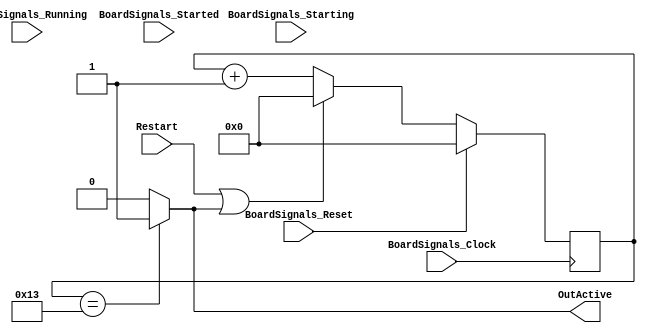
`timescale 1ns/1ps
`default_nettype none
// PLEASE READ THIS, IT MAY SAVE YOU SOME TIME AND MONEY, THANK YOU!
// * This file was generated by Quokka FPGA Toolkit.
// * Generated code is your property, do whatever you want with it
// * Place custom code between [BEGIN USER ***] and [END USER ***].
// * CAUTION: All code outside of [USER] scope is subject to regeneration.
// * Bad things happen sometimes in developer's life,
//   it is recommended to use source control management software (e.g. git, bzr etc) to keep your custom code safe'n'sound.
// * Internal structure of code is subject to change.
//   You can use some of signals in custom code, but most likely they will not exist in future (e.g. will get shorter or gone completely)
// * Please send your feedback, comments, improvement ideas etc. to evmuryshkin@gmail.com
// * Visit https://github.com/EvgenyMuryshkin/QuokkaEvaluation to access latest version of playground
//
// DISCLAIMER:
//   Code comes AS-IS, it is your responsibility to make sure it is working as expected
//   no responsibility will be taken for any loss or damage caused by use of Quokka toolkit.
//
// System configuration name is BoardTimerModule_TopLevel_timerModule20, clock frequency is 1Hz, Embedded
// FSM summary
// -- Packages
module BoardTimerModule_TopLevel_timerModule20
(
	// [BEGIN USER PORTS]
	// [END USER PORTS]
	input wire BoardSignals_Clock,
	input wire BoardSignals_Reset,
	input wire BoardSignals_Running,
	input wire BoardSignals_Starting,
	input wire BoardSignals_Started,
	input wire Restart,
	output wire OutActive
);
	// [BEGIN USER SIGNALS]
	// [END USER SIGNALS]
	localparam HiSignal = 1'b1;
	localparam LoSignal = 1'b0;
	wire Zero = 1'b0;
	wire One = 1'b1;
	wire true = 1'b1;
	wire false = 1'b0;
	wire [2: 0] CapacityBits = 3'b101;
	wire [7: 0] countTo = 8'b00010011;
	wire TimerModule_L51F9L53T10_TimerModule_L52F79T80_Expr = 1'b0;
	wire TimerModule_L51F9L53T10_TimerModule_L52F100T101_Expr = 1'b1;
	wire Inputs_Restart;
	reg [4: 0] NextState_counter;
	wire active;
	wire [4: 0] TimerModule_L51F9L53T10_TimerModule_L52F34T101_WhenTrue;
	wire [4: 0] TimerModule_L51F9L53T10_TimerModule_L52F34T101_WhenFalse;
	wire [4: 0] TimerModule_L51F9L53T10_TimerModule_L52F34T101_Ternary;
	wire [4: 0] TimerModule_L51F9L53T10_TimerModule_L52F33T124_Resize;
	wire [4: 0] TimerModule_L51F9L53T10_TimerModule_L52F33T135_SignChange;
	reg [4: 0] State_counter = 5'b00000;
	wire [4: 0] State_counterDefault = 5'b00000;
	wire TimerModule_L51F9L53T10_TimerModule_L52F35T59_Expr;
	wire TimerModule_L51F9L53T10_TimerModule_L52F35T59_Expr_1;
	wire TimerModule_L51F9L53T10_TimerModule_L52F35T59_Expr_2;
	wire [6: 0] TimerModule_L51F9L53T10_TimerModule_L52F84T101_Expr;
	wire signed [6: 0] TimerModule_L51F9L53T10_TimerModule_L52F84T101_Expr_1;
	wire signed [6: 0] TimerModule_L51F9L53T10_TimerModule_L52F84T101_Expr_2;
	wire TimerModule_L47F24T48_Expr;
	wire signed [8: 0] TimerModule_L47F24T48_ExprLhs;
	wire signed [8: 0] TimerModule_L47F24T48_ExprRhs;
	always @ (posedge BoardSignals_Clock)
	begin
		if ((BoardSignals_Reset == 1))
		begin
			State_counter <= State_counterDefault;
		end
		else
		begin
			State_counter <= NextState_counter;
		end
	end
	assign TimerModule_L47F24T48_Expr = TimerModule_L47F24T48_ExprLhs == TimerModule_L47F24T48_ExprRhs ? 1'b1 : 1'b0;
	assign TimerModule_L51F9L53T10_TimerModule_L52F35T59_Expr = TimerModule_L51F9L53T10_TimerModule_L52F35T59_Expr_1 | TimerModule_L51F9L53T10_TimerModule_L52F35T59_Expr_2;
	assign TimerModule_L51F9L53T10_TimerModule_L52F84T101_Expr = TimerModule_L51F9L53T10_TimerModule_L52F84T101_Expr_1 + TimerModule_L51F9L53T10_TimerModule_L52F84T101_Expr_2;
	assign TimerModule_L51F9L53T10_TimerModule_L52F34T101_Ternary = (TimerModule_L51F9L53T10_TimerModule_L52F35T59_Expr ? TimerModule_L51F9L53T10_TimerModule_L52F34T101_WhenTrue : TimerModule_L51F9L53T10_TimerModule_L52F34T101_WhenFalse);
	always @ (*)
	begin
		NextState_counter = State_counter;
		NextState_counter = TimerModule_L51F9L53T10_TimerModule_L52F33T135_SignChange;
	end
	assign TimerModule_L47F24T48_ExprLhs = {
		{4{1'b0}},
		State_counter
	}
	;
	assign TimerModule_L47F24T48_ExprRhs = {
		1'b0,
		countTo
	}
	;
	assign TimerModule_L51F9L53T10_TimerModule_L52F35T59_Expr_1 = Inputs_Restart;
	assign TimerModule_L51F9L53T10_TimerModule_L52F35T59_Expr_2 = active;
	assign TimerModule_L51F9L53T10_TimerModule_L52F84T101_Expr_1 = {
		{2{1'b0}},
		State_counter
	}
	;
	assign TimerModule_L51F9L53T10_TimerModule_L52F84T101_Expr_2 = {
		{6{1'b0}},
		TimerModule_L51F9L53T10_TimerModule_L52F100T101_Expr
	}
	;
	assign Inputs_Restart = Restart;
	assign active = TimerModule_L47F24T48_Expr;
	assign TimerModule_L51F9L53T10_TimerModule_L52F34T101_WhenTrue = {
		{4{1'b0}},
		TimerModule_L51F9L53T10_TimerModule_L52F79T80_Expr
	}
	;
	assign TimerModule_L51F9L53T10_TimerModule_L52F34T101_WhenFalse = TimerModule_L51F9L53T10_TimerModule_L52F84T101_Expr[4:0];
	assign TimerModule_L51F9L53T10_TimerModule_L52F33T124_Resize = TimerModule_L51F9L53T10_TimerModule_L52F34T101_Ternary;
	assign TimerModule_L51F9L53T10_TimerModule_L52F33T135_SignChange = TimerModule_L51F9L53T10_TimerModule_L52F33T124_Resize;
	assign OutActive = active;
	// [BEGIN USER ARCHITECTURE]
	// [END USER ARCHITECTURE]
endmodule